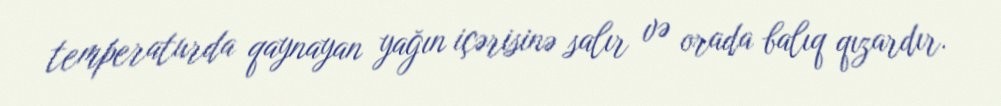
temperaturda qaynayan yağın içərisinə salır və orada balıq qızardır.